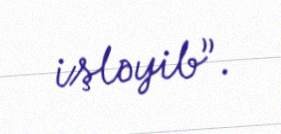
işləyib”.